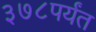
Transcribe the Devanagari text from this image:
३७८पर्यंत